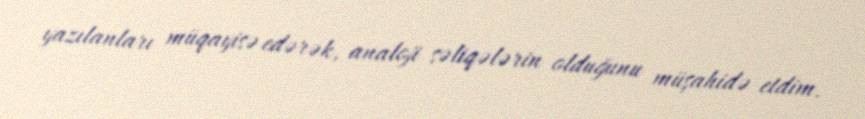
yazılanları müqayisə edərək, analoji səliqələrin olduğunu müşahidə etdim.